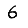
Digit: 6